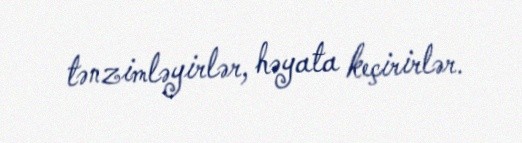
tənzimləyirlər, həyata keçirirlər.